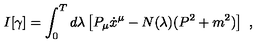
I [ \gamma ] = \int _ { 0 } ^ { T } d \lambda \left[ P _ { \mu } \dot { x } ^ { \mu } - N ( \lambda ) ( P ^ { 2 } + m ^ { 2 } ) \right] \ ,